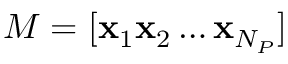
M = [ \mathbf { x } _ { 1 } \mathbf { x } _ { 2 } \ldots \mathbf { x } _ { N _ { P } } ]